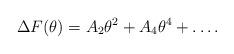
LaTeX: \begin{align*}\Delta F(\theta) = A_2 \theta^2 + A_4 \theta^4 + \ldots .\end{align*}